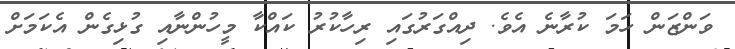
ވަންޒަން ހަމަ ކުރާނެ އެވެ. ދިއްގަރުގައި ރިހާކުރު ކައްކާ މީހުންނާއި ގުޅިގެން އެކަމަށް